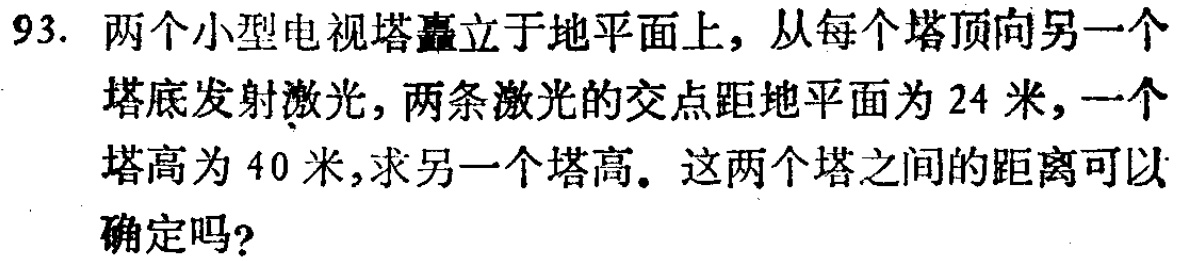
93. 两个小型电视塔矗立于地平面上，从每个塔顶向另一个塔底发射激光，两条激光的交点距地平面为 24 米，一个塔高为 40 米，求另一个塔高。这两个塔之间的距离可以确定吗?